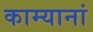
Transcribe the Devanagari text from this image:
काम्यानां